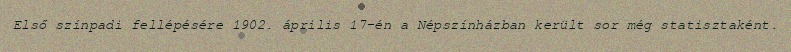
Első színpadi fellépésére 1902. április 17-én a Népszínházban került sor még statisztaként.